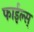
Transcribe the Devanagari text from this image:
फाईल्स्